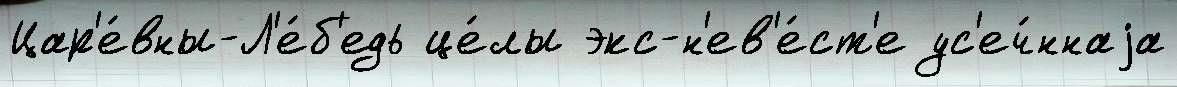
Цар'е́вны-Л'е́б'едь це́лы экс-н'ев'е́ст'е ус'еч́ннаjа